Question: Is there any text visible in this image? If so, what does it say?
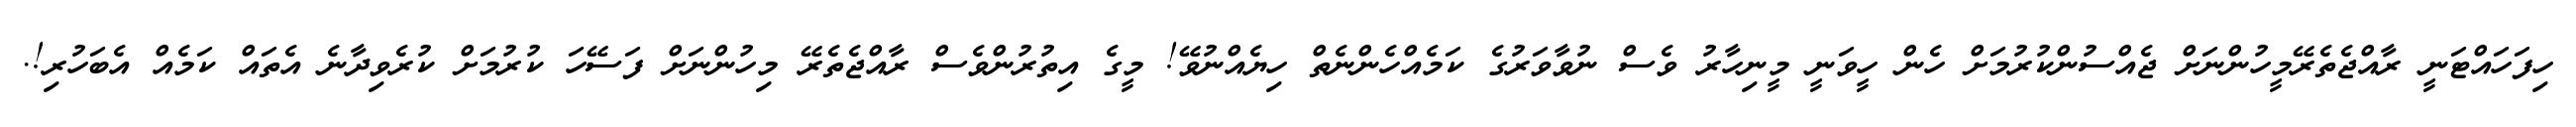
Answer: ހިފަހައްޓަނީ ރާއްޖެތެރޭމީހުންނަށް ޖެއްސުންކުރުމަށް ހެން ހީވަނީ މީނިހާރު ވެސް ނުވާވަރުގެ ކަމެއްހެންނެތް ހިޔެއްނުވޭ! މީގެ އިތުރުންވެސް ރާއްޖެތެރޭ މިހުންނަށް ފަސޭހަ ކުރުމަށް ކުރެވިދާނެ އެތައް ކަމެއް އެބަހުރި!.